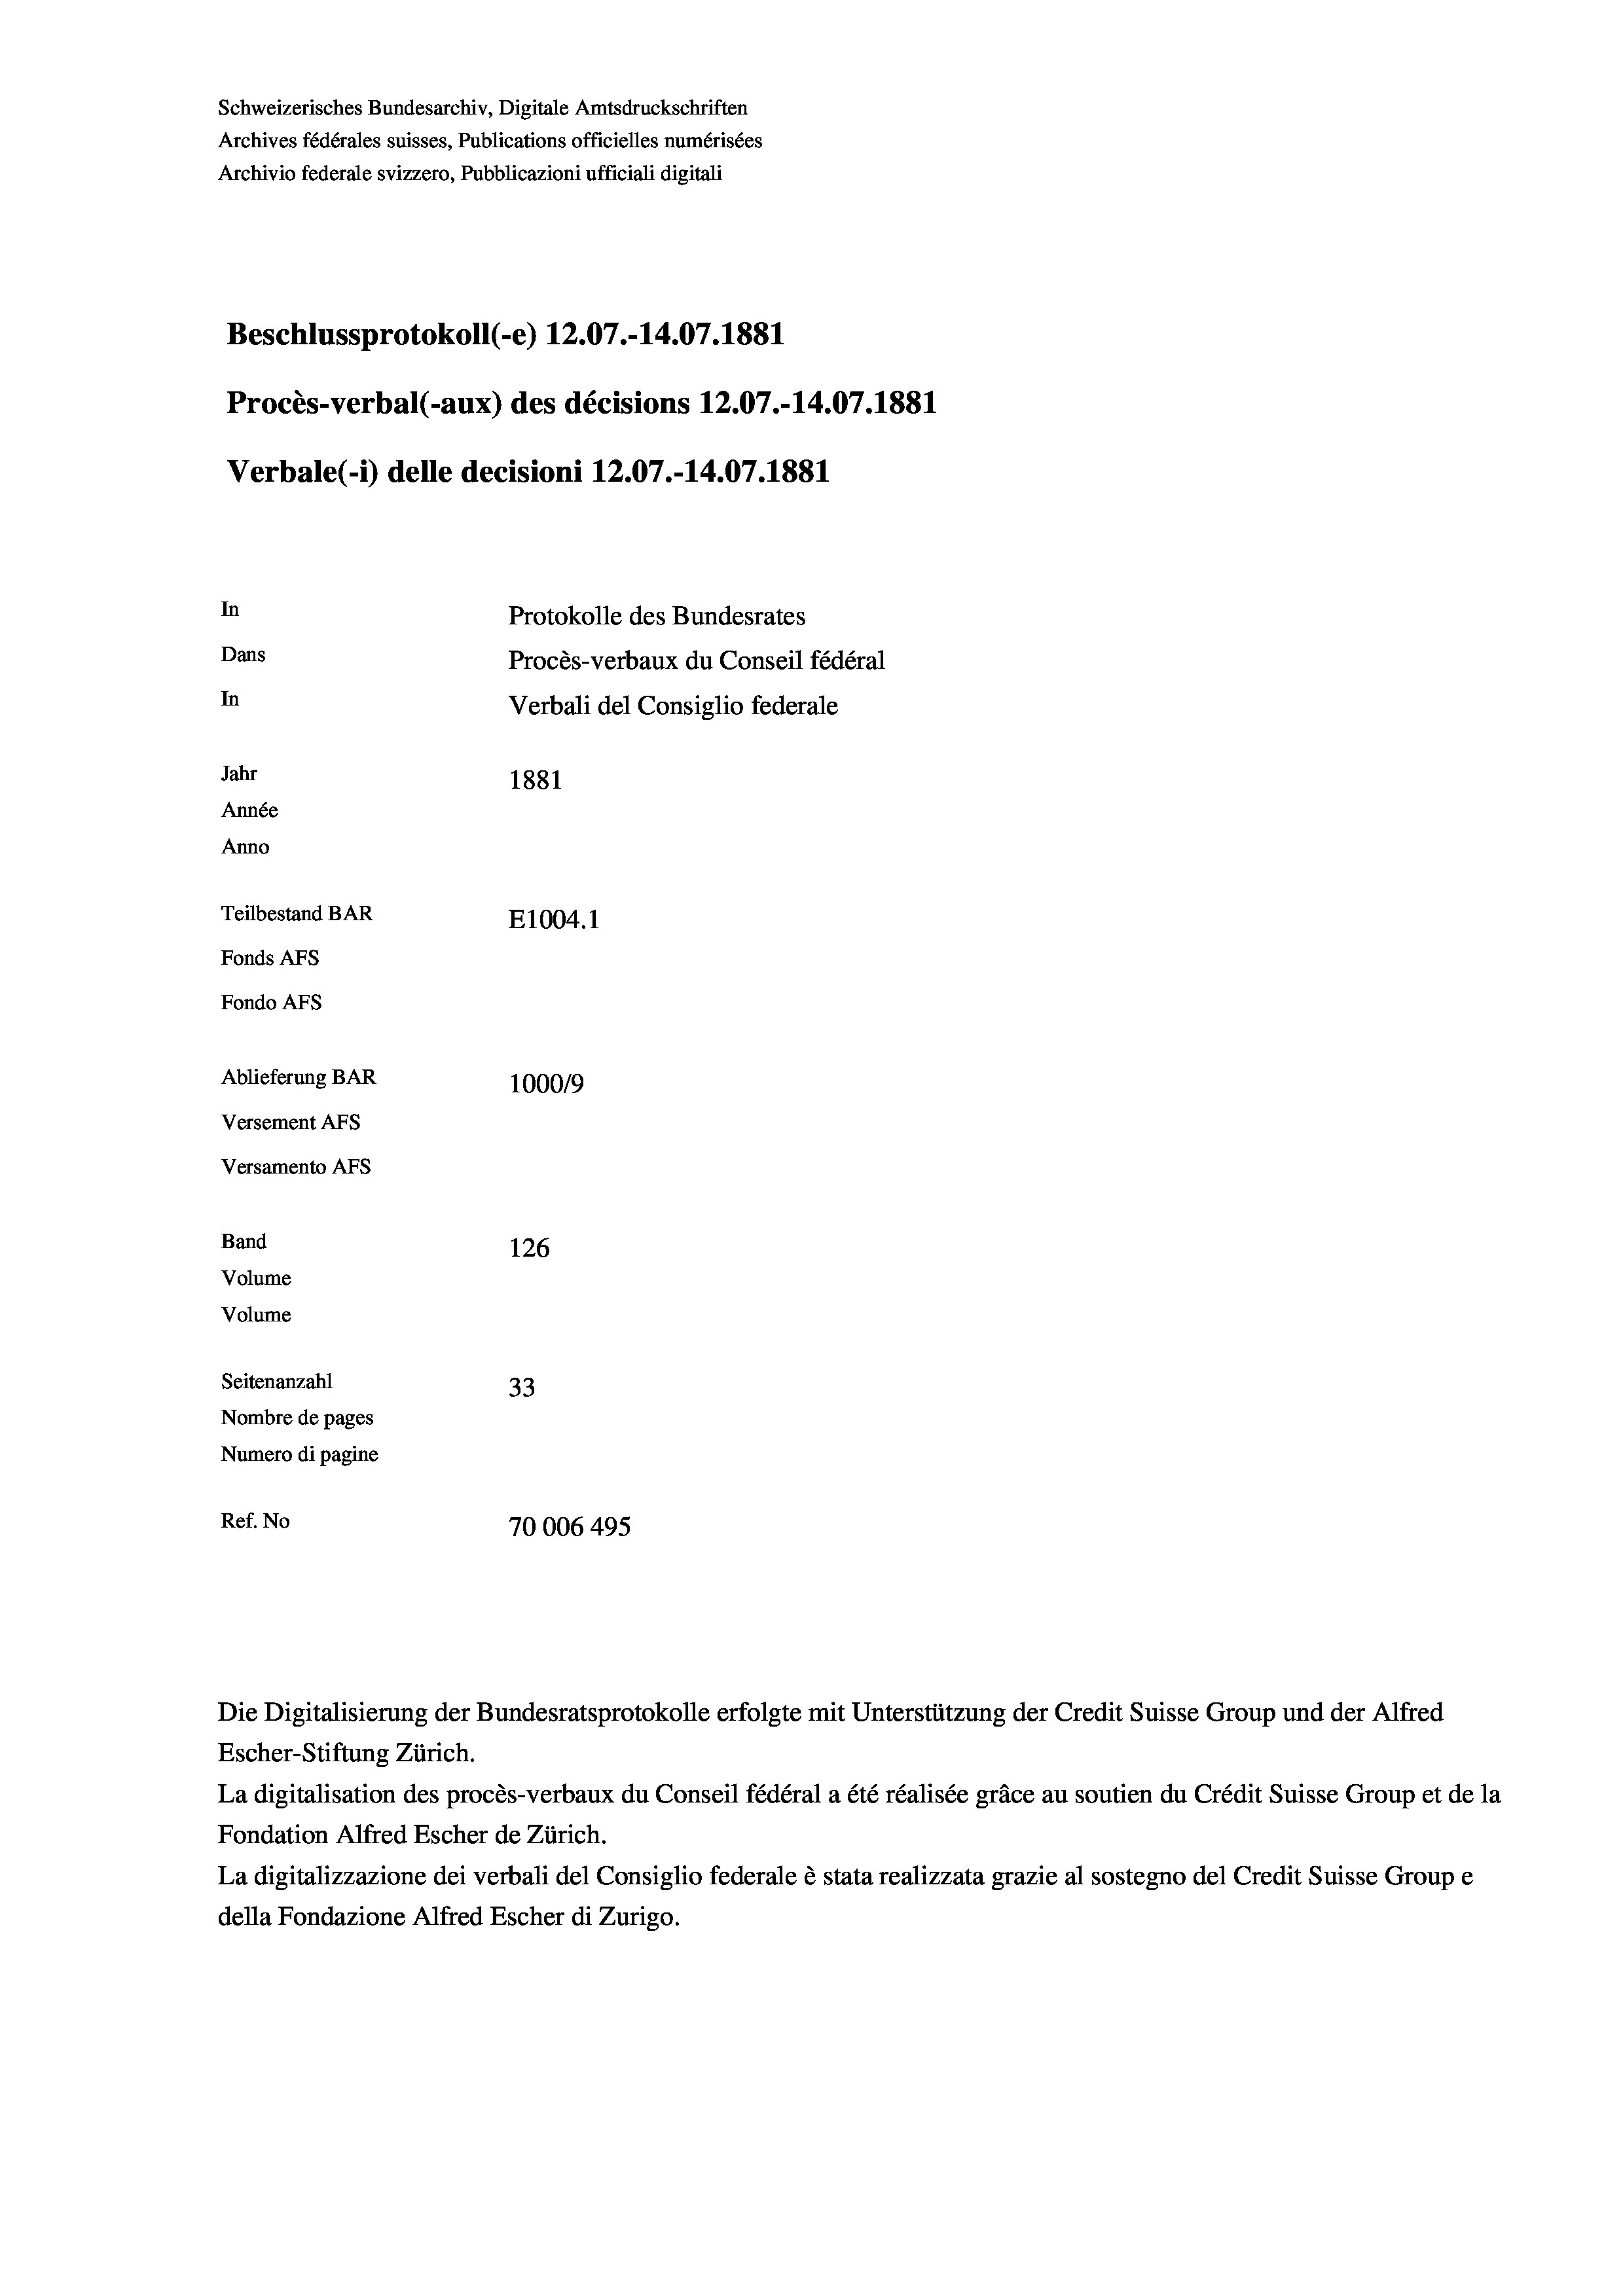
Schweizerisches Bundesarchiv, Digitale Amtsdruckschriften
Archives fédérales suisses, Publications officielles numérisées
Archivio federale svizzero, Pubblicazioni ufficiali digitali
Beschlussprotokoll (-e) 12.07.-14.07. 1881
Procès-verbal (-aux) des décisions 12.07.-14.07.1881
Verbale (- 1) delle decisioni 12.07.-14.07. 1881
In
Protokolle des Bundesrates
Dans
Procès-verbaux du Conseil fédéral
In
Verbali del Consiglio federale
Jahr
1881
Année
Anno
Teilbestand BAR
E1004.1
Fonds AFs
Fondo Afs
Ablieferung BAR
100019
Versement AFs
Versamento AFs
Band
126
Volume
Volume
Seitenanzahl
33
Nombre de pages
Numero di pagine
Ref. No
70006 495

Die Digitalisierung der Bundesratsprotokolle erfolgte mit Unterstützung der Credit Suisse Group und der Alfred
Escher-Stiftung Zürich.
La digitalisation des procès-verbaux du Conseil fédéral a été réalisée gräce au soutien du Crédit Suisse Group et de la
Fondation Alfred Escher de Zürich.
La digitalizzazione dei verbali del Consiglio federale è stata realizzata grazie al sostegno del Credit Suisse Groupe
della Fondazione Alfred Escher di Zurigo.